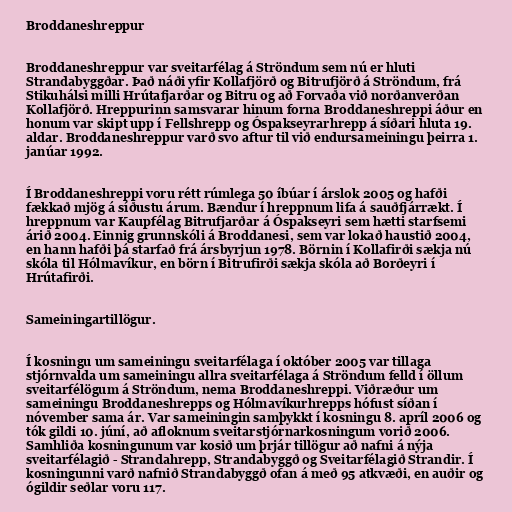
Broddaneshreppur

Broddaneshreppur var sveitarfélag á Ströndum sem nú er hluti
Strandabyggðar. Það náði yfir Kollafjörð og Bitrufjörð á Ströndum, frá
Stikuhálsi milli Hrútafjarðar og Bitru og að Forvaða við norðanverðan
Kollafjörð. Hreppurinn samsvarar hinum forna Broddaneshreppi áður en
honum var skipt upp í Fellshrepp og Óspakseyrarhrepp á síðari hluta 19.
aldar. Broddaneshreppur varð svo aftur til við endursameiningu þeirra 1.
janúar 1992.

Í Broddaneshreppi voru rétt rúmlega 50 íbúar í árslok 2005 og hafði
fækkað mjög á síðustu árum. Bændur í hreppnum lifa á sauðfjárrækt. Í
hreppnum var Kaupfélag Bitrufjarðar á Óspakseyri sem hætti starfsemi
árið 2004. Einnig grunnskóli á Broddanesi, sem var lokað haustið 2004,
en hann hafði þá starfað frá ársbyrjun 1978. Börnin í Kollafirði sækja nú
skóla til Hólmavíkur, en börn í Bitrufirði sækja skóla að Borðeyri í
Hrútafirði.

Sameiningartillögur.

Í kosningu um sameiningu sveitarfélaga í október 2005 var tillaga
stjórnvalda um sameiningu allra sveitarfélaga á Ströndum felld í öllum
sveitarfélögum á Ströndum, nema Broddaneshreppi. Viðræður um
sameiningu Broddaneshrepps og Hólmavíkurhrepps hófust síðan í
nóvember sama ár. Var sameiningin samþykkt í kosningu 8. apríl 2006 og
tók gildi 10. júní, að afloknum sveitarstjórnarkosningum vorið 2006.
Samhliða kosningunum var kosið um þrjár tillögur að nafni á nýja
sveitarfélagið - Strandahrepp, Strandabyggð og Sveitarfélagið Strandir. Í
kosningunni varð nafnið Strandabyggð ofan á með 95 atkvæði, en auðir og
ógildir seðlar voru 117.